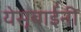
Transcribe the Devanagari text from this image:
येसूबाईंनी